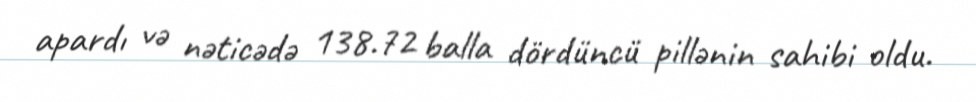
apardı və nəticədə 138.72 balla dördüncü pillənin sahibi oldu.